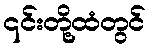
၎င်းတို့ထံတွင်